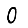
Digit: 0